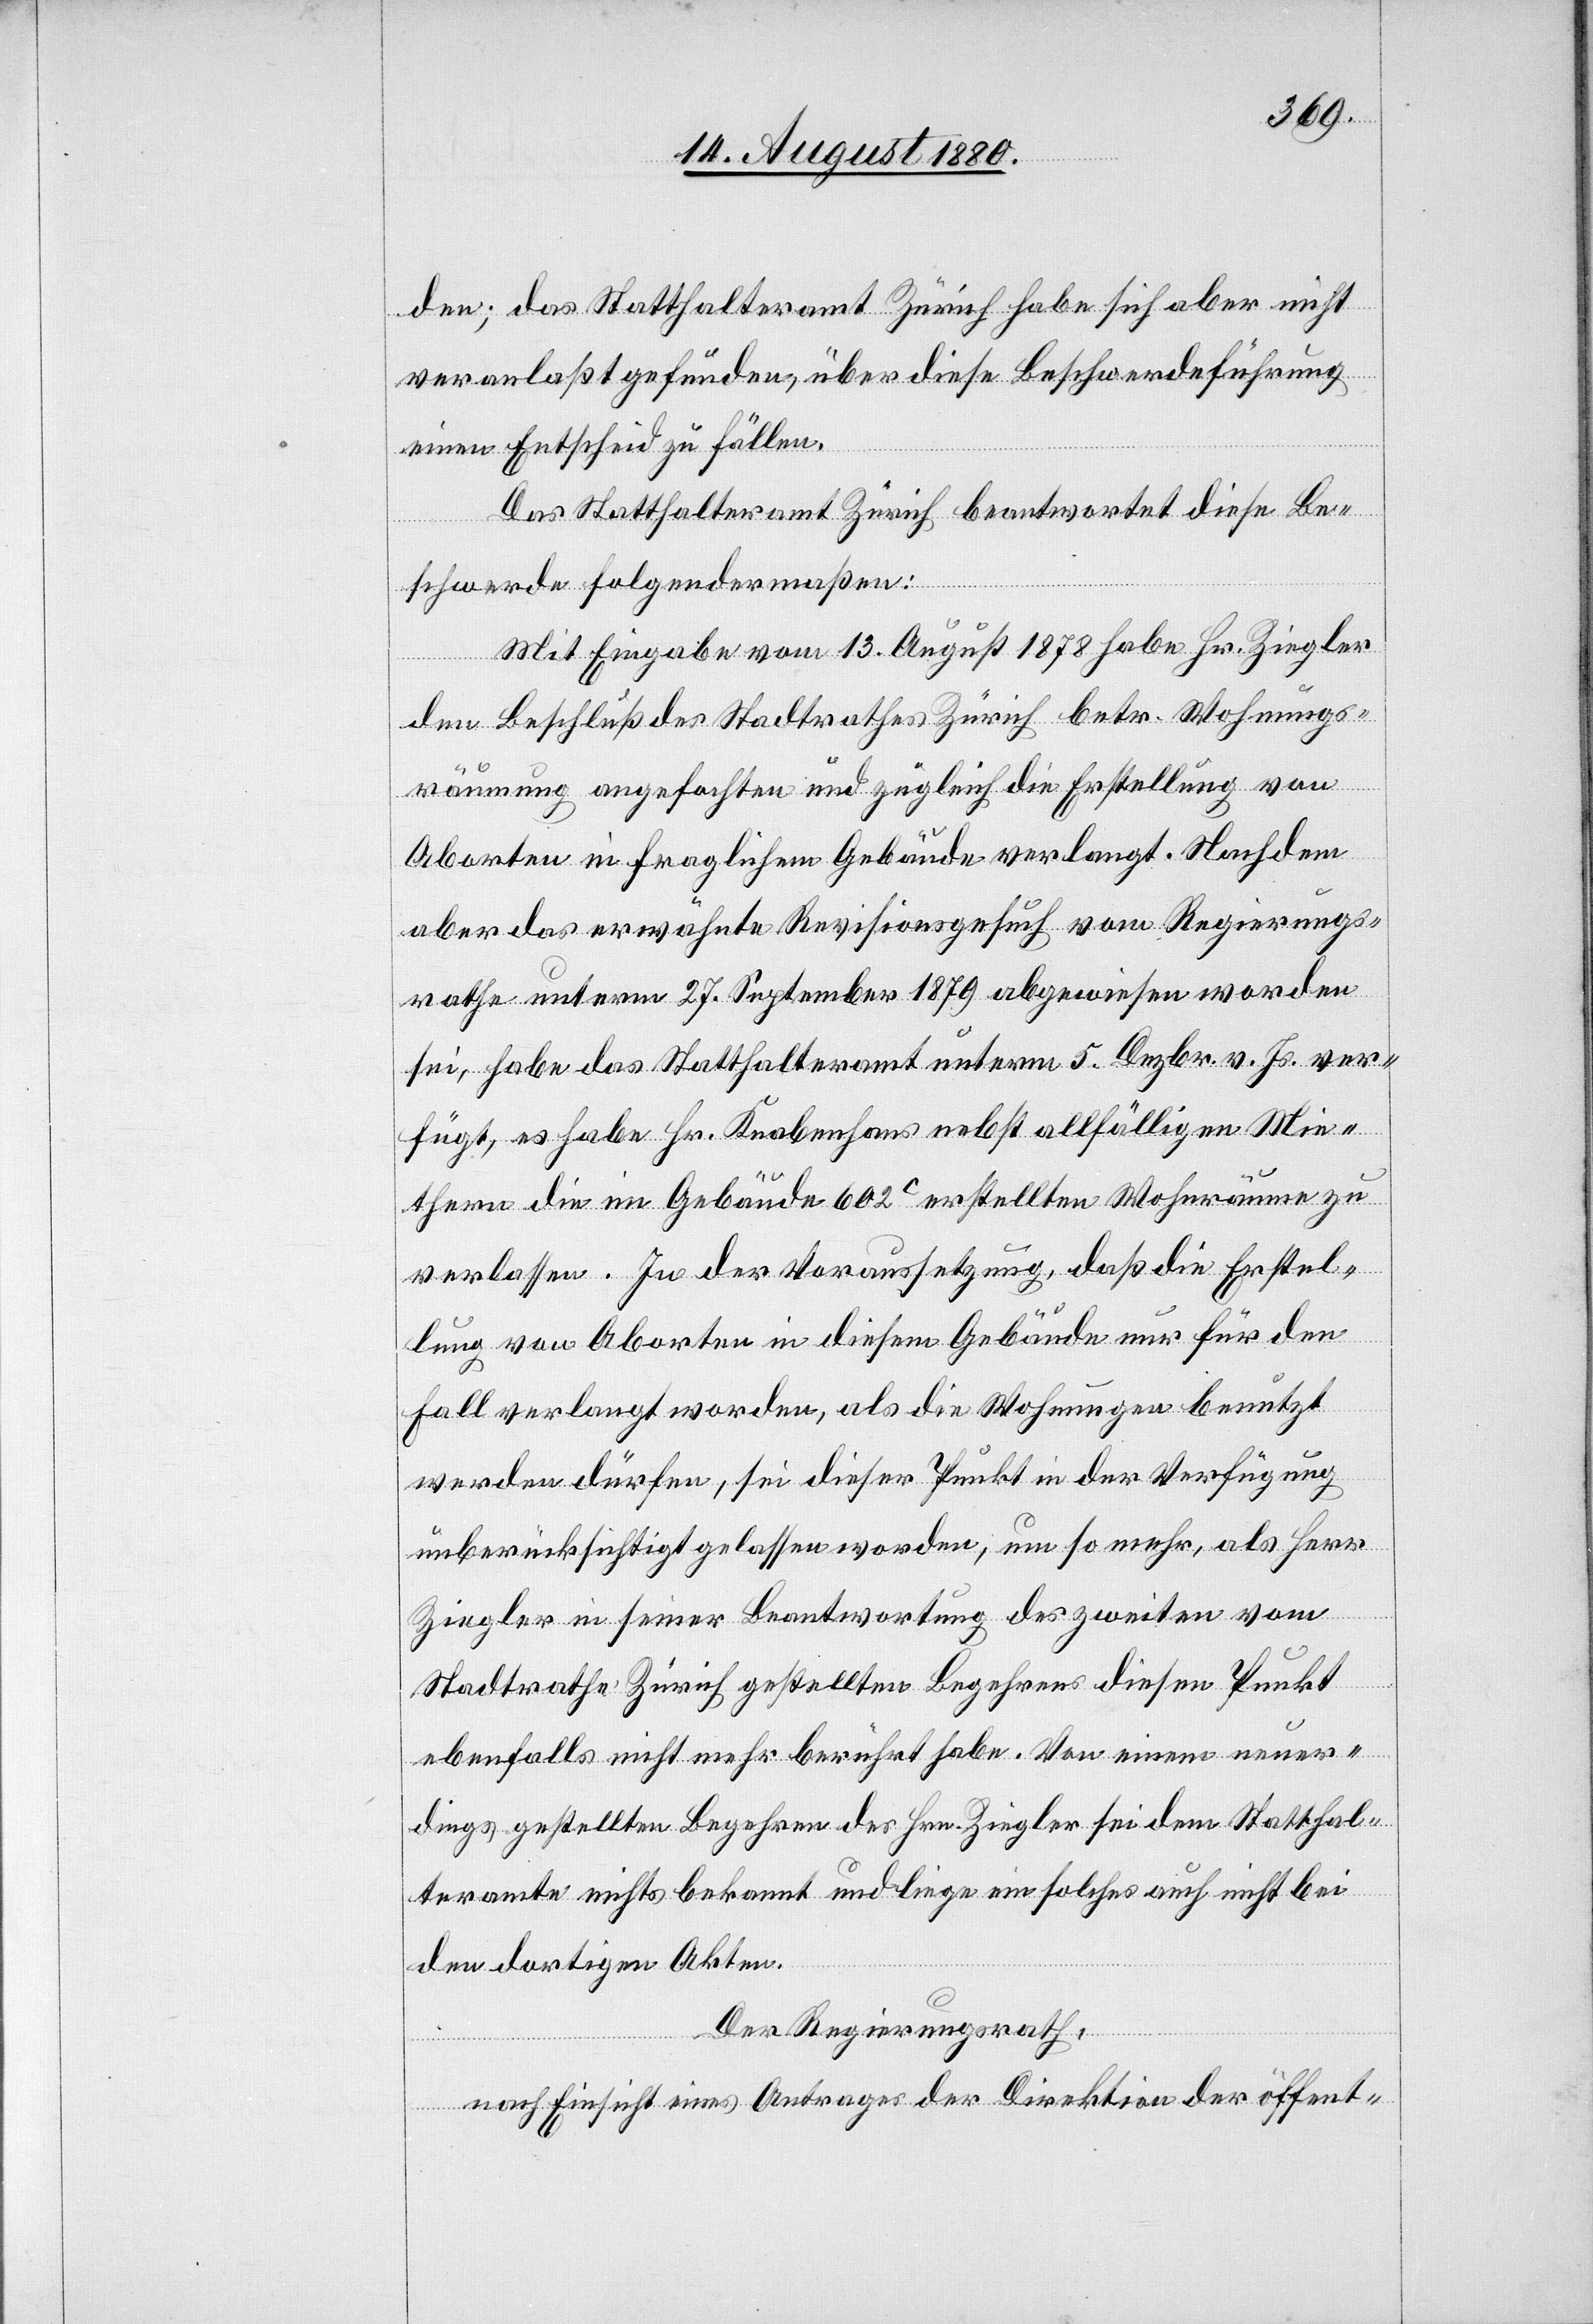
den; das Statthalteramt Zürich habe sich aber nicht
veranlaßt gefunden, über diese Beschwerdeführung
einen Entscheid zu fällen.
Das Statthalteramt Zürich beantwortet diese Be¬
schwerde folgendermaßen:
Mit Eingabe vom 13. August 1878 habe Hr. Ziegler
den Beschluß des Stadtrathes Zürich betr. Wohnungs¬
räumung angefochten und züglich die Erstellung von
Aborten in fraglichem Gebäude verlangt. Nachdem
aber das erwähnte Revisionsgesuch vom Regierungs¬
athe unterm 27. September 1879 abgewiesen worden
sei, habe das Statthalteramt unterm 5. Dezbr. v. Js. ver¬
fügt, es habe Hr. Knabenhaus nebst allfälligen Mie¬
thern die im Gebäude 602c erstellten Wohnräume zu
verlassen. In der Voraussetzung, daß die Erstel¬
lung von Aborten in diesem Gebäude nur für den
Fall verlangt worden, als die Wohnungen benützt
werden dürfen, sei dieser Punkt in der Verfügung
unberücksichtigt gelassen worden, um so mehr, als Herr
Ziegler in seiner Beantwortung des zweiten vom
Stadtrathe Zürich gestellten Begehrens diesen Punkt
ebenfalls nicht mehr berührt habe. Von einem neuer¬
dings gestellten Begehren des Hrn. Ziegler sei dem Statthal¬
teramte nichts bekannt und liege ein solches auch nicht bei
den dortigen Akten.
Der Regierungsrath,
nach Einsicht eines Antrages der Direktion der öffent-